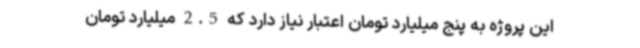
این پروژه به پنج میلیارد تومان اعتبار نیاز دارد که 2.5 میلیارد تومان